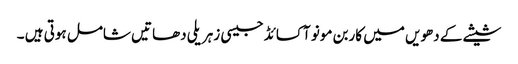
شیشے کے دھویں میں کاربن مونو آکسائڈ جیسی زہریلی دھاتیں شامل ہوتی ہیں ۔